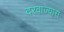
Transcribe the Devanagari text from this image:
दरवाज्यास